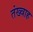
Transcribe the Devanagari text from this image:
तंख्वाह